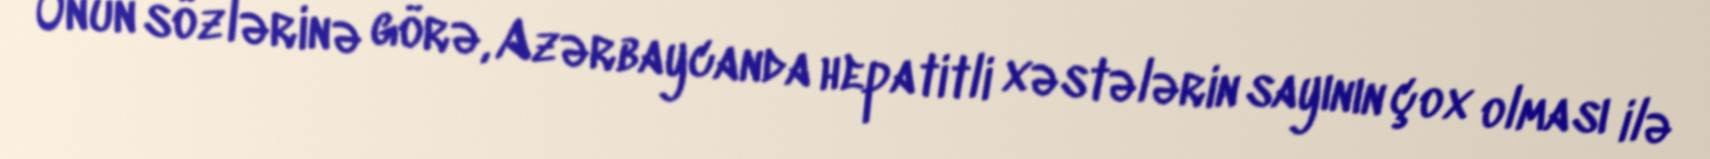
Onun sözlərinə görə, Azərbaycanda hepatitli xəstələrin sayının çox olması ilə